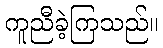
ကူညီခဲ့ကြသည်။